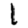
Digit: 1